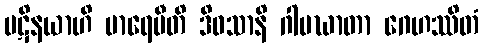
ပဋိနယာဟိ မာရေမီတိ ဒိဝသာနိ ဂါမဃာတာ ဂေဟဿိတံ